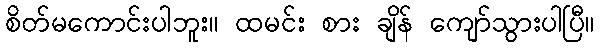
စိတ်မကောင်းပါဘူး။ ထမင်း စား ချိန် ကျော်သွားပါပြီ။